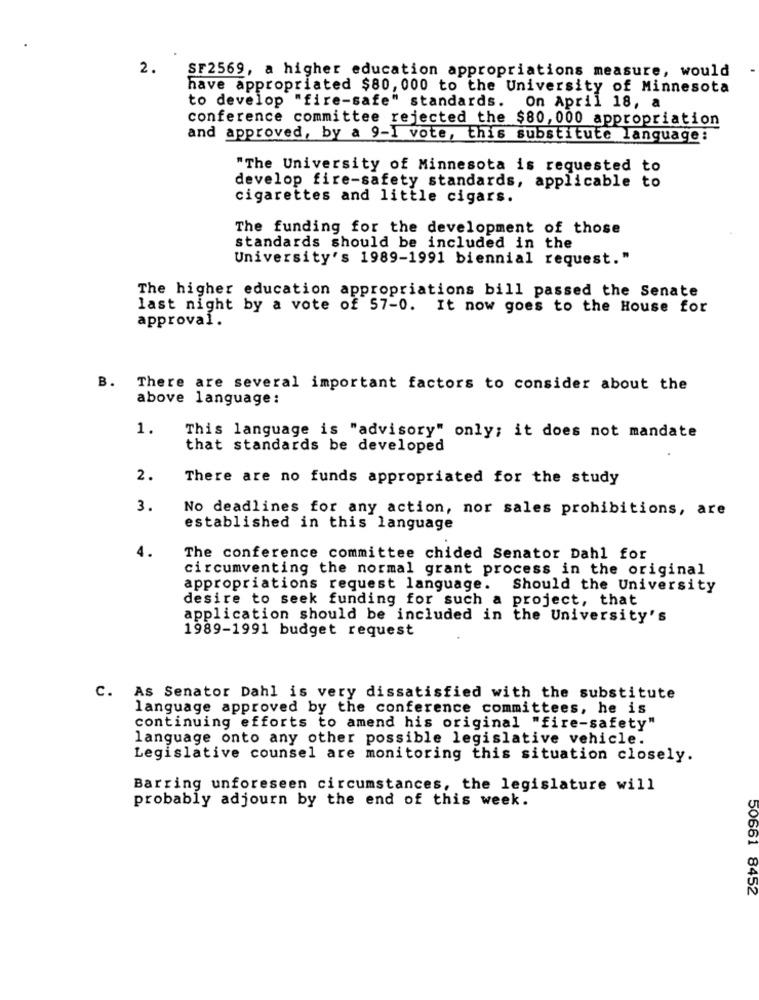
2.
SF2569, a higher education appropriations measure, would
have appropriated $80, 000 to the University of Minnesota
to develop "fire-safe" standards. On April 18, a
conference committee rejected the $80,000 appropriation
and approved, by a 9-1 vote, this substitute language:
"The University of Minnesota is requested to
develop fire-safety standards, applicable to
cigarettes and little cigars.
The funding for the development of those
standards should be included in the
University's 1989-1991 biennial request."
The higher education appropriations bill passed the Senate
last night by a vote of 57-0. It now goes to the House for
approval.
B. There are several important factors to consider about the
above language :
1.
This language is "advisory" only; it does not mandate
that standards be developed
2.
There are no funds appropriated for the study
3.
No deadlines for any action, nor sales prohibitions, are
established in this language
4.
The conference committee chided Senator Dahl for
circumventing the normal grant process in the original
appropriations request language. Should the University
desire to seek funding for such a project, that
application should be included in the University's
1989-1991 budget request
C. As Senator Dahl is very dissatisfied with the substitute
language approved by the conference committees, he is
continuing efforts to amend his original "fire-safety"
language onto any other possible legislative vehicle.
Legislative counsel are monitoring this situation closely.
Barring unforeseen circumstances, the legislature will
probably adjourn by the end of this week.
50661 8452